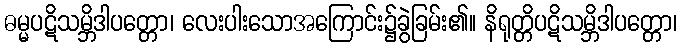
ဓမ္မပဋိသမ္ဘိဒါပတ္တော၊ လေးပါးသောအကြောင်း၌ခွဲခြမ်း၏။ နိရုတ္တိပဋိသမ္ဘိဒါပတ္တော၊